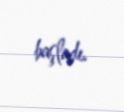
başladı.